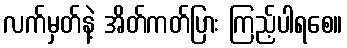
လက်မှတ်နဲ့ အိတ်ကတ်ပြား ကြည့်ပါရစေ။